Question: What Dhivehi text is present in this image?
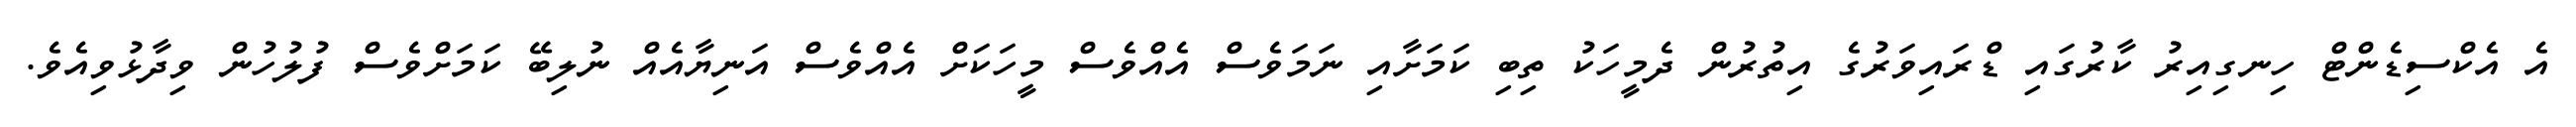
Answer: އެ އެކްސިޑެންޓް ހިނގިއިރު ކާރުގައި ޑްރައިވަރުގެ އިތުރުން ދެމީހަކު ތިބި ކަމަށާއި ނަމަވެސް އެއްވެސް މީހަކަށް އެއްވެސް އަނިޔާއެއް ނުލިބޭ ކަމަށްވެސް ފުލުހުން ވިދާޅުވިއެވެ.